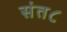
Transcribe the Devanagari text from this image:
संत८